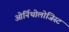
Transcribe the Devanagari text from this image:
ओर्निथोलोजिस्ट